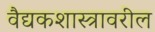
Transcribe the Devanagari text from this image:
वैद्यकशास्त्रावरील